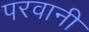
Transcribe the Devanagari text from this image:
परवानी